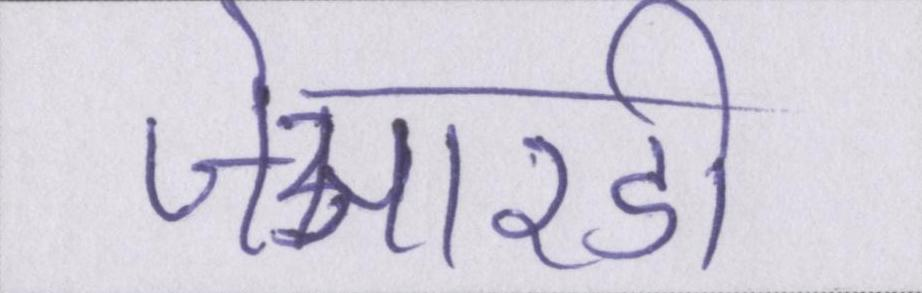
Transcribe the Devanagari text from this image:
जेआरडी